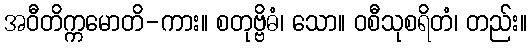
အဝီတိက္ကမောတိ-ကား။ စတုဗ္ဗိဓံ၊ သော။ ဝစီသုစရိတံ၊ တည်း။